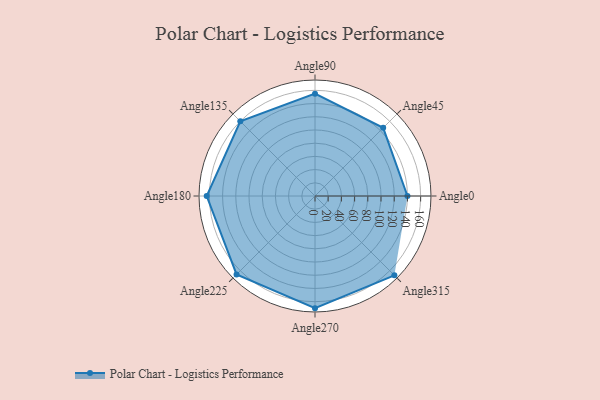
{"axis": {"x": "Angle", "y": "Radius"}, "legend": [""], "data": [{"x": "Angle0", "y": 140.0, "type": ""}, {"x": "Angle45", "y": 146.0, "type": ""}, {"x": "Angle90", "y": 155.0, "type": ""}, {"x": "Angle135", "y": 160.0, "type": ""}, {"x": "Angle180", "y": 164.0, "type": ""}, {"x": "Angle225", "y": 168.0, "type": ""}, {"x": "Angle270", "y": 170, "type": ""}, {"x": "Angle315", "y": 170, "type": ""}]}